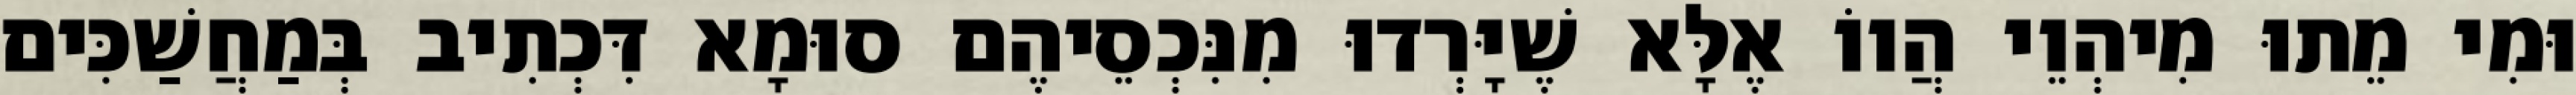
וּמִי מֵתוּ מִיהְוֵי הֲווֹ אֶלָּא שֶׁיָּרְדוּ מִנִּכְסֵיהֶם סוּמָא דִּכְתִיב בְּמַחֲשַׁכִּים